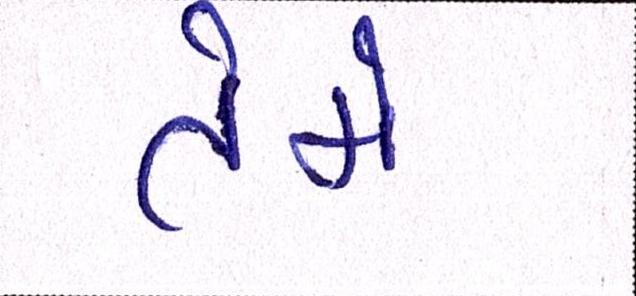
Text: તેમે